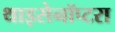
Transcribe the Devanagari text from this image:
थाइसेनॉप्टरा